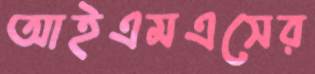
আইএমএসের